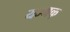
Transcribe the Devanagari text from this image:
यज्मक्